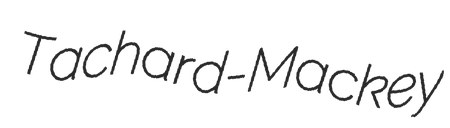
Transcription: Tachard-Mackey